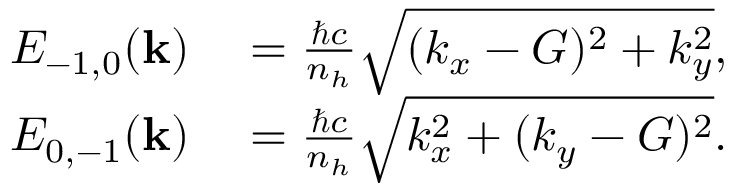
\begin{array} { r l } { E _ { - 1 , 0 } ( \mathbf { k } ) } & { { } = \frac { \hbar c } { n _ { h } } \sqrt { ( k _ { x } - G ) ^ { 2 } + k _ { y } ^ { 2 } } , } \\ { E _ { 0 , - 1 } ( \mathbf { k } ) } & { { } = \frac { \hbar c } { n _ { h } } \sqrt { k _ { x } ^ { 2 } + ( k _ { y } - G ) ^ { 2 } } . } \end{array}